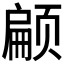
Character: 𮸸